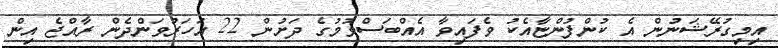
އިމިގުރޭޝަނުން އެ ކުންފުންޏާއެކު ވެފައިވާ އެއްބަސްވުމުގެ ދަށުން 22 އަހަރުވަންދެން ރާއްޖެ އިން